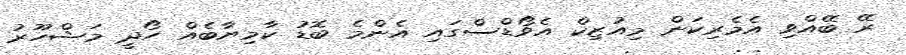
ރޭ ބޭއްވި އެމެރިކަން މިއުޒިކް އެވޯޑްސްގައި އެންމެ ބޮޑު ކާމިޔާބެއް ހޯދީ މަޝްހޫރު